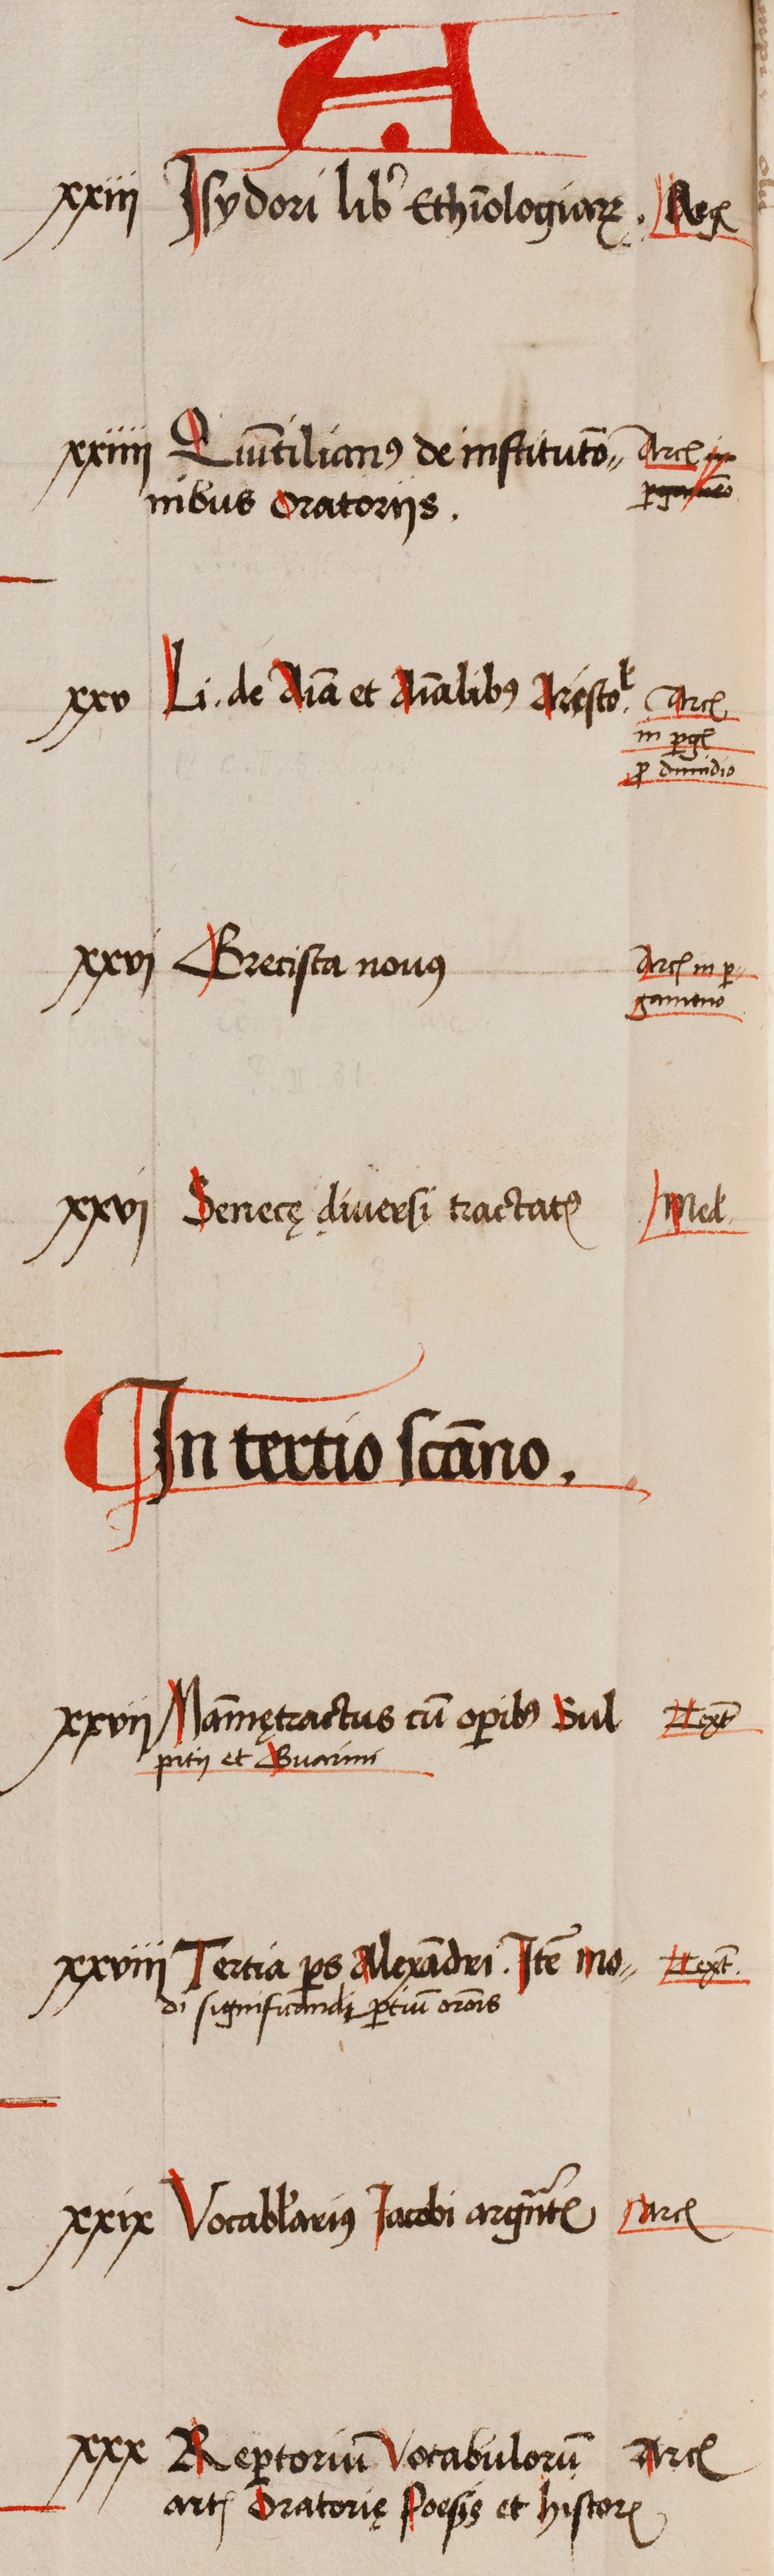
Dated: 1505–1535